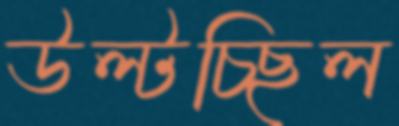
উল্‌টচ্ছিল